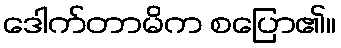
ဒေါက်တာမိက စပြော၏။